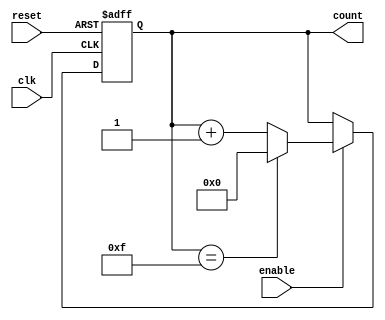
module async_counter #(
    parameter N = 4,                       // Number of bits for the counter
    parameter MAX_COUNT = (1 << N) - 1    // Maximum count value
)(
    input wire clk,                        // Clock input
    input wire reset,                      // Asynchronous reset input
    input wire enable,                     // Enable signal
    output reg [N-1:0] count               // Current count output
);

    // Asynchronous reset and counting logic
    always @(posedge clk or posedge reset) begin
        if (reset) begin
            count <= 0;                    // Reset count to 0
        end else if (enable) begin
            if (count == MAX_COUNT) begin
                count <= 0;                // Roll over to 0
            end else begin
                count <= count + 1;        // Increment count
            end
        end
    end

endmodule